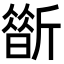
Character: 𣃀